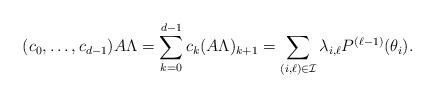
LaTeX: \begin{align*} (c_0, \dots, c_{d-1}) A \Lambda = \sum_{k=0}^{d-1}c_k (A \Lambda)_{k+1}=\sum_{(i,\ell) \in \mathcal{I} } \lambda _{i,\ell} P^{(\ell-1)}(\theta _i).\end{align*}